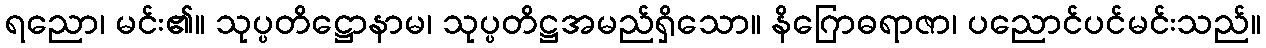
ရညော၊ မင်း၏။ သုပ္ပတိဋ္ဌောနာမ၊ သုပ္ပတိဋ္ဌအမည်ရှိသော။ နိဂြောဓရာဇာ၊ ပညောင်ပင်မင်းသည်။